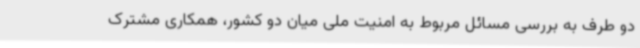
دو طرف به بررسی مسائل مربوط به امنیت ملی میان دو کشور، همکاری مشترک